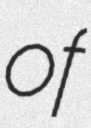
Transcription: of